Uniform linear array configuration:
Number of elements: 64
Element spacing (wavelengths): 0.25
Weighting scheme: kaiser
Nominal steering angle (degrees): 45
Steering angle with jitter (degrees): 46.332
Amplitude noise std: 0.05
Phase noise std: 0.05

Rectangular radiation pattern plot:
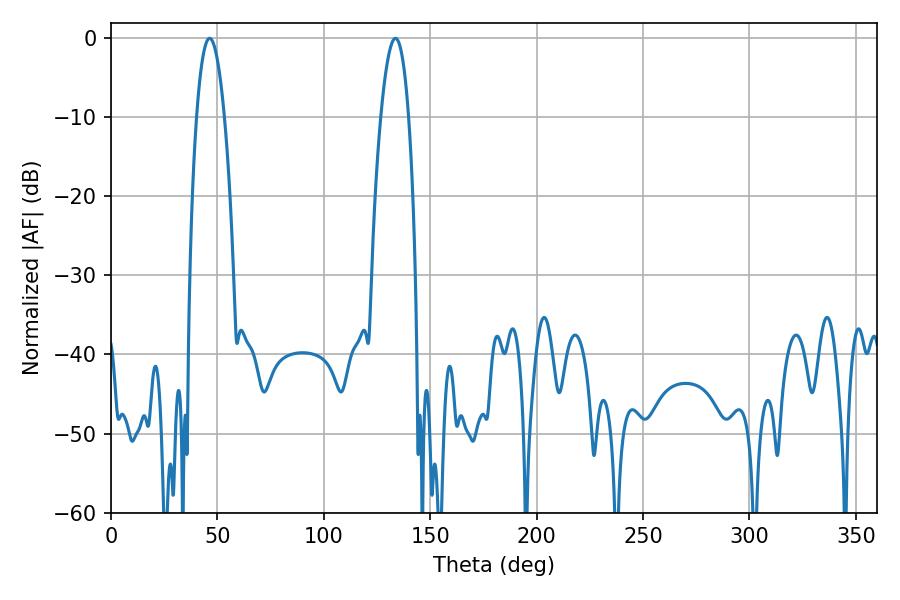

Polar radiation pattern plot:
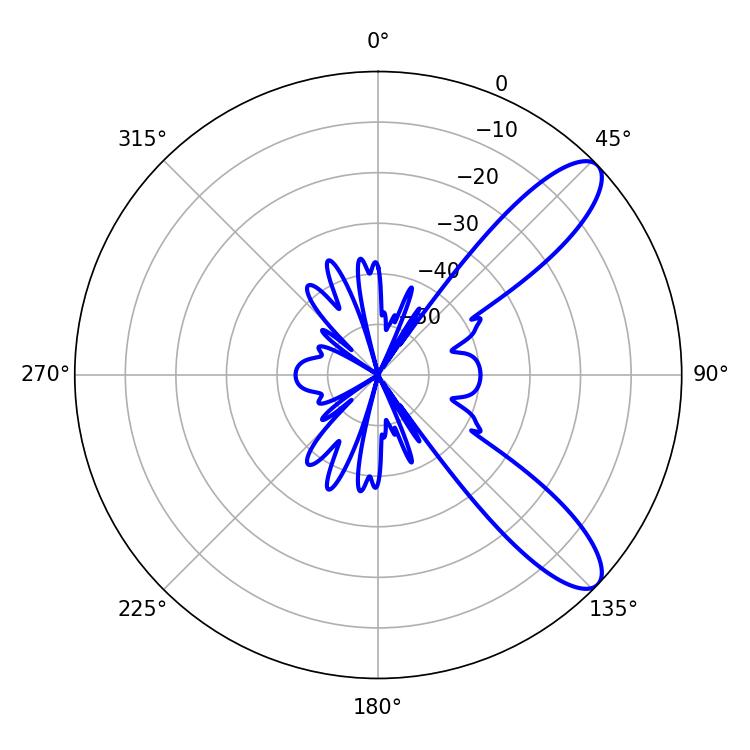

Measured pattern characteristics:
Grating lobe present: FALSE
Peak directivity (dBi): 10.078
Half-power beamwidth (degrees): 7.2
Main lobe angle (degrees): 46.26